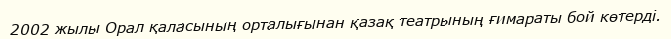
2002 жылы Орал қаласының орталығынан қазақ театрының ғимараты бой көтерді.